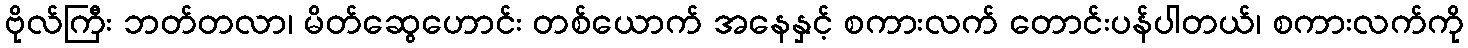
ဗိုလ်ကြီး ဘတ်တလာ၊ မိတ်ဆွေဟောင်း တစ်ယောက် အနေနှင့် စကားလက် တောင်းပန်ပါတယ်၊ စကားလက်ကို